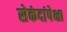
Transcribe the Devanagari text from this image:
सेकंदांपेक्षा